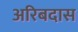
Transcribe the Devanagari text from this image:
अरिबदास